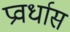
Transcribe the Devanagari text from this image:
प्रवर्धास